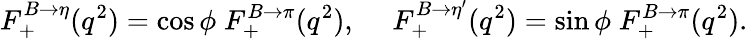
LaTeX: F_{+}^{B\to\eta}(q^{2})=\cos\phi\; F_{+}^{B\to\pi}(q^{2}),~~~~~F_{+}^{B\to\eta^{\prime}}(q^{2})=\sin\phi\; F_{+}^{B\to\pi}(q^{2}).